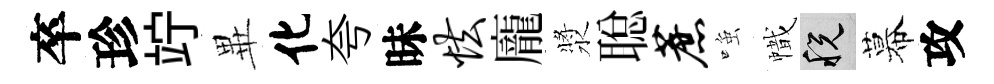
卒珍竚𭺾化夸昧怯龐漿聪蔗𫪻幟税幕攻